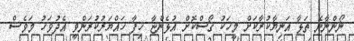
ނޯންނާނެ ތަޅާ އަނިޔާކުރާކަށް މީހަކު ގޯސްކޮށް އުޅެންޏާ ހިފާ ހައްޔަރުކުރަންވީ އެދުވަހު މަވެސް